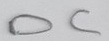
Text: DC